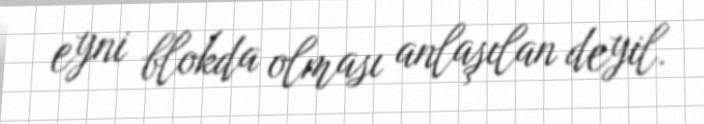
eyni blokda olması anlaşılan deyil.